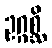
ဥဂ္ဂစ္ဆိ